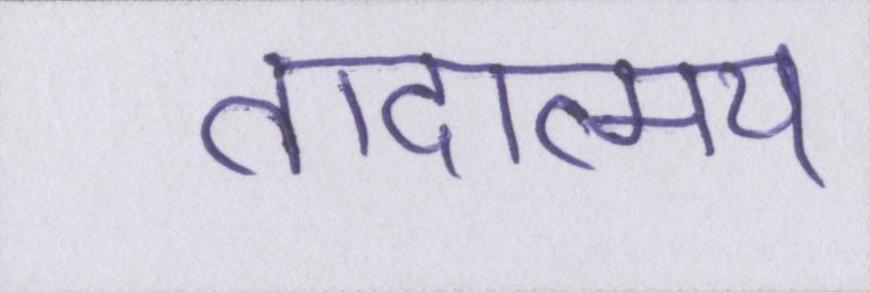
तादात्म्य